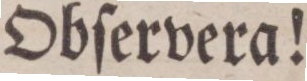
Obſervera!